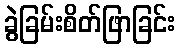
ခွဲခြမ်းစိတ်ဖြာခြင်း